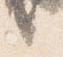
言